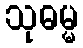
သုဓမ္မ